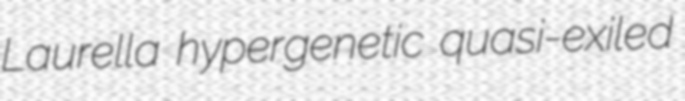
Laurella hypergenetic quasi-exiled